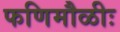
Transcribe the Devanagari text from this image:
फणिमौळीः